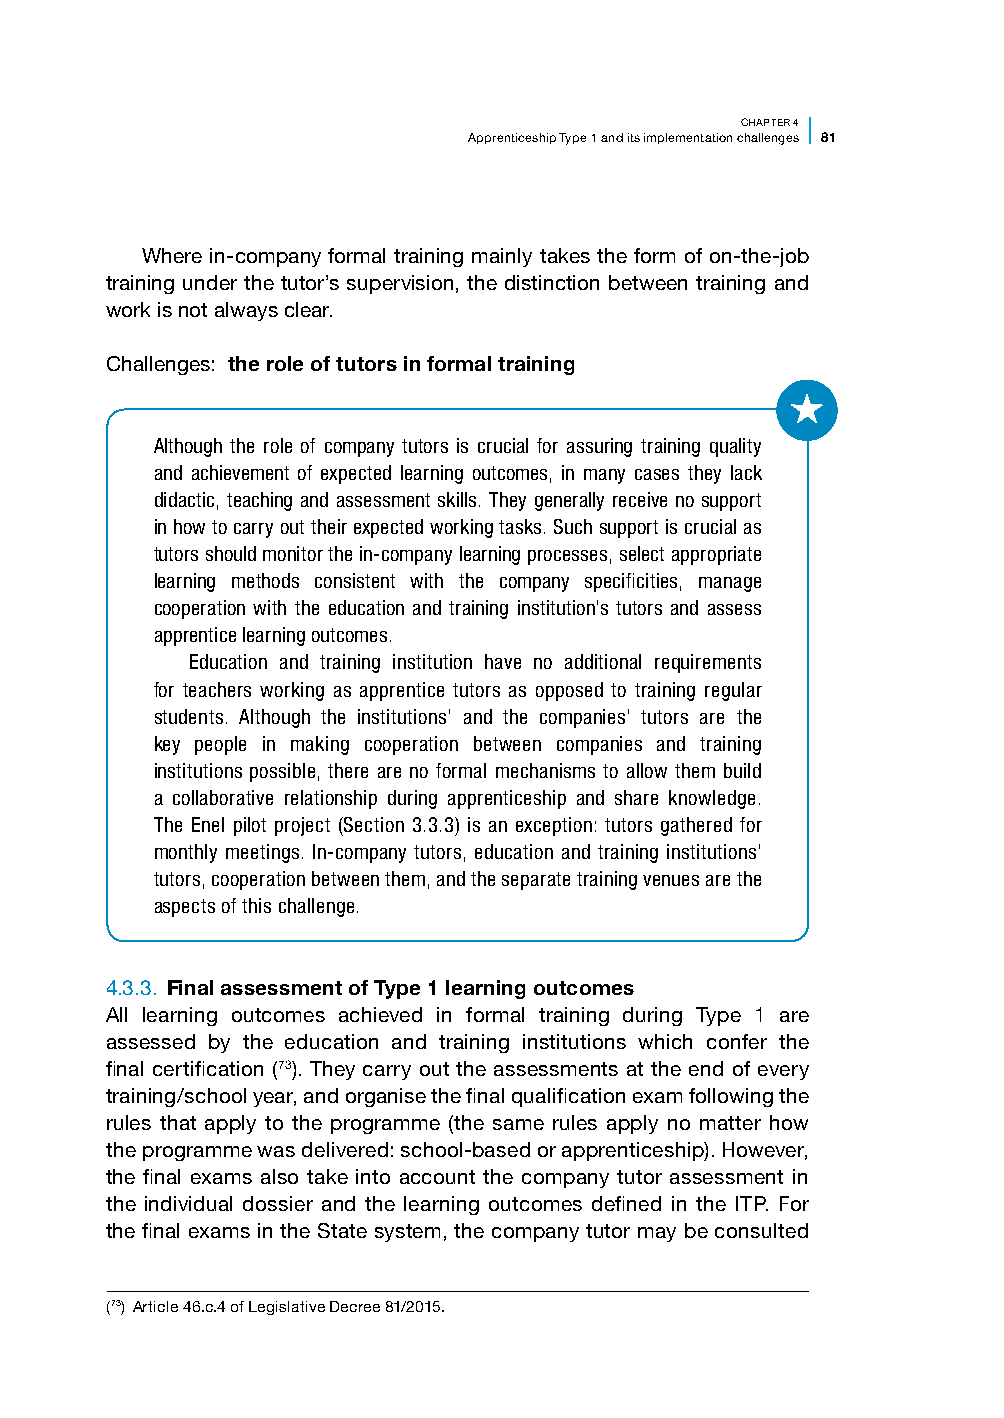
CHAPTER 4
 Apprenticeship Type 1 and its implementation challenges 81
 Where in-company formal training mainly takes the form of on-the-job
 training under the tutor’s supervision, the distinction between training and
 work is not always clear.
 Challenges: the role of tutors in formal training
 Although the role of company tutors is crucial for assuring training quality
 and achievement of expected learning outcomes, in many cases they lack
 didactic, teaching and assessment skills. They generally receive no support
 in how to carry out their expected working tasks. Such support is crucial as
 tutors should monitor the in-company learning processes, select appropriate
 learning methods consistent with the company specificities, manage
 cooperation with the education and training institution’s tutors and assess
 apprentice learning outcomes.
 Education and training institution have no additional requirements
 for teachers working as apprentice tutors as opposed to training regular
 students. Although the institutions’ and the companies’ tutors are the
 key people in making cooperation between companies and training
 institutions possible, there are no formal mechanisms to allow them build
 a collaborative relationship during apprenticeship and share knowledge.
 The Enel pilot project (Section 3.3.3) is an exception: tutors gathered for
 monthly meetings. In-company tutors, education and training institutions’
 tutors, cooperation between them, and the separate training venues are the
 aspects of this challenge.
 4.3.3. Final assessment of Type 1 learning outcomes
 All learning outcomes achieved in formal training during Type 1 are
 assessed by the education and training institutions which confer the
 final certification (73). They carry out the assessments at the end of every
 training/school year, and organise the final qualification exam following the
 rules that apply to the programme (the same rules apply no matter how
 the programme was delivered: school-based or apprenticeship). However,
 the final exams also take into account the company tutor assessment in
 the individual dossier and the learning outcomes defined in the ITP. For
 the final exams in the State system, the company tutor may be consulted
 (73) Article 46.c.4 of Legislative Decree 81/2015.